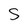
Character: S